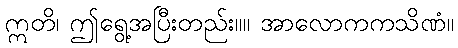
ဣတိ၊ ဤရွေ့အပြီးတည်း။။ အာလောကကသိဏံ။